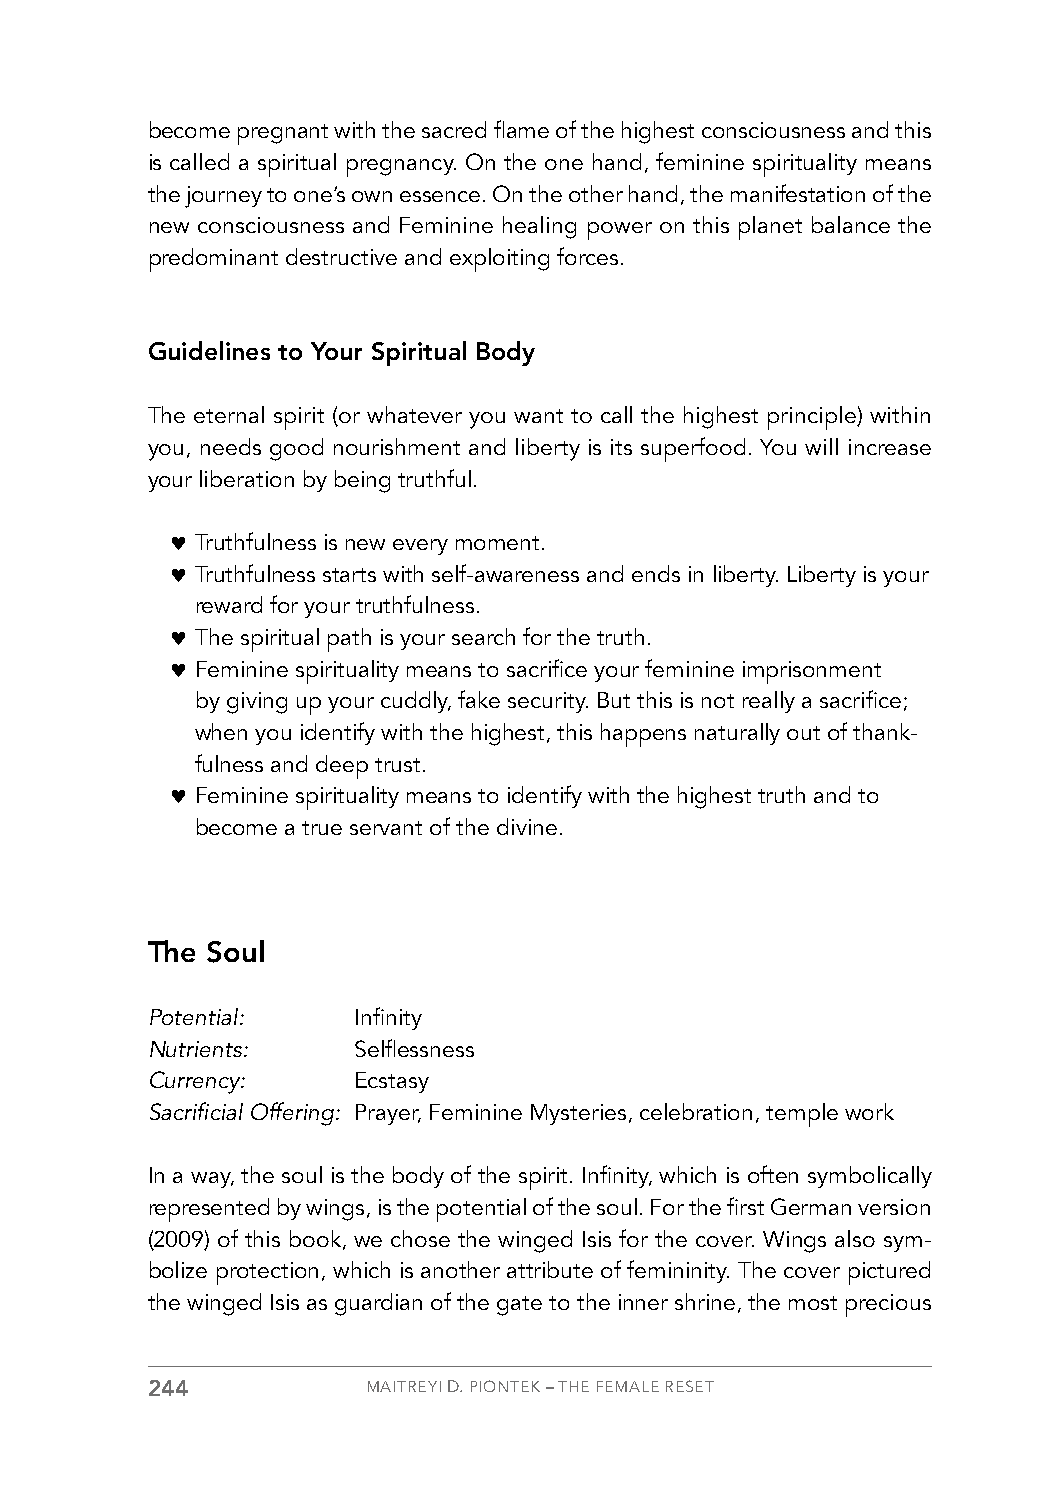
become pregnant with the sacred flame of the highest consciousness and this
 is called a spiritual pregnancy. On the one hand, feminine spirituality means
 the journey to one’s own essence. On the other hand, the manifestation of the
 new consciousness and Feminine healing power on this planet balance the
 predominant destructive and exploiting forces.
 Guidelines to Your Spiritual Body
 The eternal spirit (or whatever you want to call the highest principle) within
 you, needs good nourishment and liberty is its superfood. You will increase
 your liberation by being truthful.
 ♥ Truthfulness is new every moment.
 ♥ Truthfulness starts with self-awareness and ends in liberty. Liberty is your
 reward for your truthfulness.
 ♥ The spiritual path is your search for the truth.
 ♥ Feminine spirituality means to sacrifice your feminine imprisonment
 by giving up your cuddly, fake security. But this is not really a sacrifice;
 when you identify with the highest, this happens naturally out of thank-
 fulness and deep trust.
 ♥ Feminine spirituality means to identify with the highest truth and to
 become a true servant of the divine.
 The Soul
 Potential:   Infinity
 Nutrients:   Selflessness
 Currency:    Ecstasy
 Sacrificial Offering: Prayer, Feminine Mysteries, celebration, temple work
 In a way, the soul is the body of the spirit. Infinity, which is often symbolically
 represented by wings, is the potential of the soul. For the first German version
 (2009) of this book, we chose the winged Isis for the cover. Wings also sym-
 bolize protection, which is another attribute of femininity. The cover pictured
 the winged Isis as guardian of the gate to the inner shrine, the most precious
 244           MAITREYI D. PIONTEK – THE FEMALE RESET